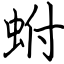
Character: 蚹